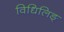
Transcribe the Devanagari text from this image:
विधिलिङ्